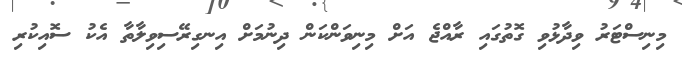
މިނިސްޓަރު ވިދާޅުވި ގޮތުގައި ރާއްޖެ އަށް މިނިވަންކަން ދިނުމަށް އިނގިރޭސިވިލާތާ އެކު ސޮއިކުރި